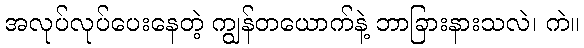
အလုပ်လုပ်ပေးနေတဲ့ ကျွန်တယောက်နဲ့ ဘာခြားနားသလဲ၊ ကဲ။